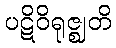
ပဋိဝိရုဇ္ဈတိ